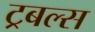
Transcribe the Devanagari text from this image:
ट्रबल्स